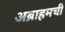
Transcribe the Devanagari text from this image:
अब्राहमची